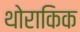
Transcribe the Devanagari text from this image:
थोराकिक